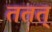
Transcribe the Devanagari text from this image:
ततत्‌